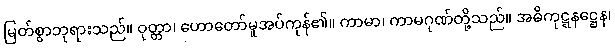
မြတ်စွာဘုရားသည်။ ဝုတ္တာ၊ ဟောတော်မူအပ်ကုန်၏။ ကာမာ၊ ကာမဂုဏ်တို့သည်။ အဓိကုဋ္ဋနဋ္ဌေန၊